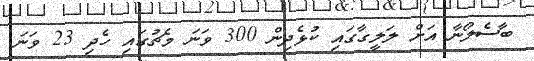
ބާސެލޯނާ އަށް ލަލީގާގައި ކުޅެދިން 300 ވަނަ މެޗުގައި ހެދި 23 ވަނަ